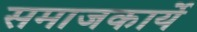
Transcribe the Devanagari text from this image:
समाजकार्ये